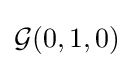
{\mathcal {G}}(0,1,0)